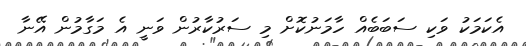
އެކަމަކު ވަކި ސަބަބެއް ހާމަނުކޮށް މި ސަރުކާރުން ވަނީ އެ މަގާމުން އޭނާ